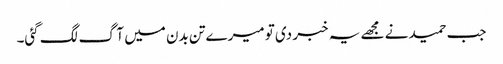
جب حمید نے مجھے یہ خبر دی تو میرے تن بدن میں آگ لگ گئی۔